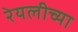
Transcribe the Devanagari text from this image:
रेयलीच्या